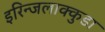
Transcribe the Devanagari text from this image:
इरिन्जलाक्कुडा